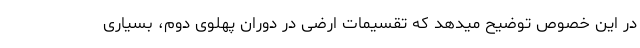
در این خصوص توضیح میدهد که تقسیمات ارضی در دوران پهلوی دوم، بسیاری